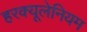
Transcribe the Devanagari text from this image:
हरक्यूलेनियम